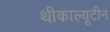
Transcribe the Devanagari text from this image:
थीकाल्यूटीन